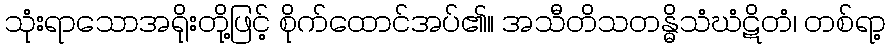
သုံးရာသောအရိုးတို့ဖြင့် စိုက်ထောင်အပ်၏။ အသီတိသတန္ဓိသံဃံဋိတံ၊ တစ်ရာ့